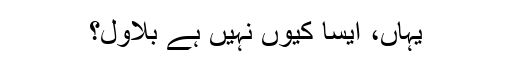
یہاں، ایسا کیوں نہیں ہے بلاول؟